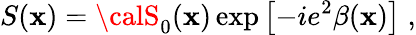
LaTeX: S(\mathbf{x})={\calS}_{0}(\mathbf{x})\exp\left[-ie^{2}\beta(\mathbf{x})\right]\; ,